Hæmogregarina gerbilli - Number 18
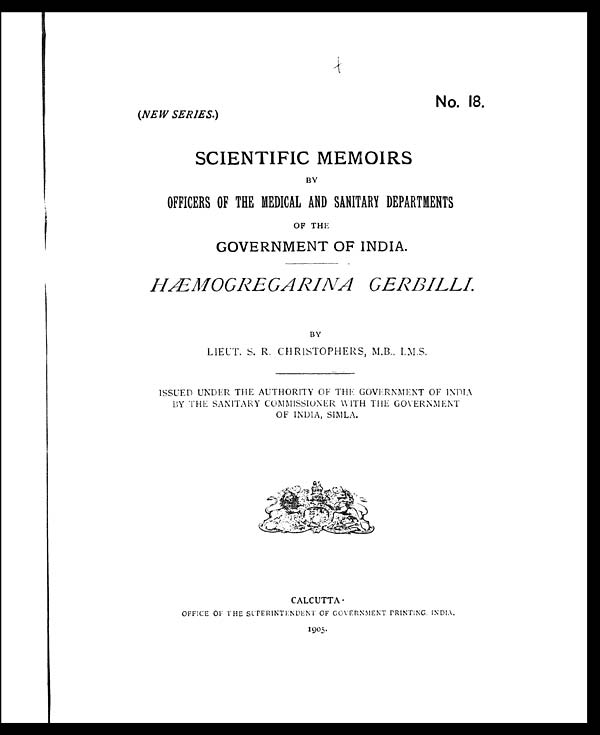
No. 18.
(NEW SERIES.)
SCIENTIFIC MEMOIRS
BY
OFFICERS OF THE MEDICAL AND SANITARY DEPARTMENTS
OF THE
GOVERNMENT OF INDIA.
HÆMOGREGARINA GERBILLI.
BY
LIEUT. S. R. CHRISTOPHERS, M.B., I.M.S.
ISSUED UNDER THE AUTHORITY OF THE GOVERNMENT OF INDIA
BY THE SANITARY COMMISSIONER WITH THE GOVERNMENT
OF INDIA, SIMLA.
CALCUTTA
.
OFFICE OF THE SUPERINTENDENT OF GOVERNMENT PRINTING INDIA.
1905.